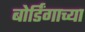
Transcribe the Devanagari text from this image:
बोर्डिंगाच्या